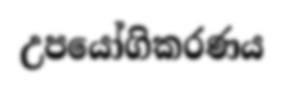
උපයෝගිකරණය